Vaccination in Bombay 1913-1923 - 1913-1923
Year: 1913
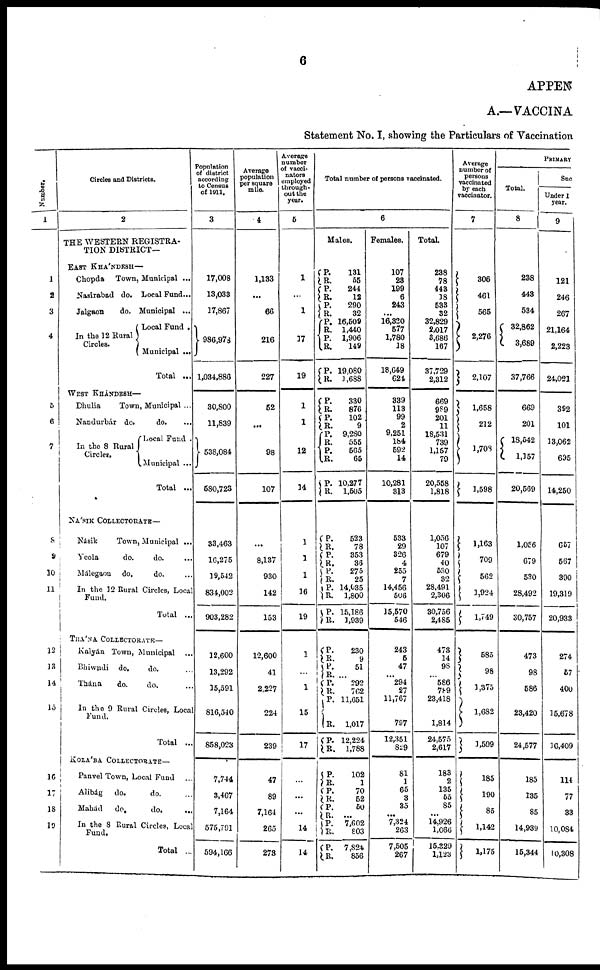
6
APPEN
A.—VACCINA
Statement No. I, showing the Particulars of Vaccination
Number.
1
1
2
3
4
5
6
7
8
9
30
11
12
13
14
15
16
17
18
19
Circles and Districts.
2
THE WESTERN REGISTRA-
TION DISTRICT—
EAST KHÁNDESH—
Chopda
Town, Municipal ...
Nasirabad do. Local Fund...
Jalgaon
do. Municipal ...
In the 12 Rural
Circles.
Local Fund .
Municipal ...
Total ...
WEST KHÁNDESH—
Dhulia
Town, Municipal ...
Nandurbár do.
do. ...
In the 8 Rural
Circles.
Local Fund .
Municipal ...
Total ...
NÁSIK COLLECTORATE—
Násik
Town, Municipal ...
Yeola
do.
do. ...
Málegaon
do.
do. ...
In the 12 Rural Circles, Local
Fund.
Total ...
THÁNA COLLECTORATE—
Kalyán Town, Municipal
...
Bhiwndi
do.
do. ...
Thána
do.
do. ...
In the 9 Rural Circles, Local
Fund.
Total ...
KOLÁBA COLLECTORATE—
Panvel Town, Local Fund
...
Alibág
do.
do. ...
Mahád
do.
do. ...
In the 8 Rural Circles, Local
Fund.
Total ...
Population
of district
according
to Census
of 1911.
3
17,008
13,033
17,867
986,978
1,034,886
30,800
11,839
538,084
580,723
33,463
16,275
19,542
834,002
903,282
12,600
13,292
15,591
816,540
858,023
7,744
3,467
7,164
575,791
594,166
Average
population
per square
mile.
4
1,133
...
66
216
227
52
...
98
107
...
8,137
930
142
153
12,600
41
2,227
224
239
47
89
7,164
265
273
Average
number
of vacci¬
nators
employed
through-
out the
year.
5
1
...
1
17
19
1
1
12
14
1
1
1
16
19
1
...
1
15
17
...
...
...
14
14
Total number of persons vaccinated.
6
Males.
P.
R.
P.
R.
P.
R.
P.
R.
P.
R.
P.
R.
131
55
244
12
290
32
16,509
1,440
1,906
149
19,080
1,688
P.
R.
P.
R.
P.
R.
P.
R.
P.
R.
330
876
102
9
9,280
555
565
65
10,277
1,505
P.
R.
P.
R.
P.
R.
P.
R.
P.
R.
523
78
353
36
275
25
14,035
1,800
15,186
1,939
P.
R.
P.
R.
P.
R.
P.
R.
P.
R.
230
9
51
...
292
762
11,651
1,017
12,224
1,788
P.
R.
P.
R.
P.
R.
P.
R.
P.
R.
102
1
70
52
50
...
7,602
803
7,824
856
Females.
107
23
199
6
243
...
16,320
577
1,780
18
18,649
624
339
113
99
2
9,251
184
592
14
10,281
313
533
29
326
4
255
7
14,456
506
15,570
546
243
5
47
...
294
27
11,767
797
12,351
829
81
1
65
3
35
... 7,324
263
7,505
267
Total.
238
78
443
18
533
32
32,829
2,017
3,686
167
37,729
2,312
669
989
201
11
18,531
739
1,157
79
20,558
1,818
1,056
107
679
40
530
32
28,491
2,306
30,756
2,485
473
14
98
...
586
789
23,418
1,814
24,575
2,617
183
2
135
65
85
...
14,926
l,066
15,329
1,123
Average
number of
persons
vaccinated
by each
vaccinator.
7
306
461
565
2,276
2,107
1,658
212
1,708
1,598
1,163
709
562
1,924
1,749
585
98
1,375
1,682
1,599
185
190
85
1,142
1,175
Total.
8
238
443
584
32,862
3,689
37,766
669
201
18,542
1,157
20,569
1,056
679
530
28,492
30,757
473
98
586
23,420
24,577
185
135
85
14,939
15,344
PRIMARY
Suc
Under 1
year.
9
121
246
267
21,164
2,223
24,021
392
101
13,062
695
14,250
657
567
390
19,319
20,933
274
57
400
15,678
16,409
114
77
33
10,084
10,308